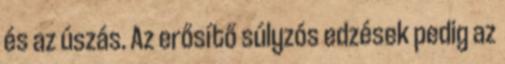
és az úszás. Az erősítő súlyzós edzések pedig az